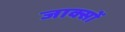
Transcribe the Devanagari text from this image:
जाक्सों